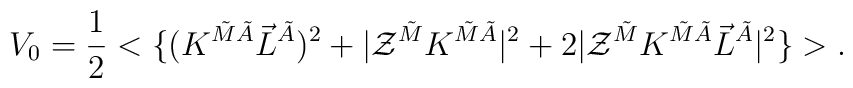
V_0 = \frac12 <\{ (K^{\tilde M\tilde A} \vec L^{\tilde A})^2 + |{\cal Z}^{\tilde M} K^{\tilde M\tilde A} |^2 + 2 |  {\cal Z}^{\tilde M} K^{\tilde M\tilde A} \vec L^{\tilde A} |^2 \} >.